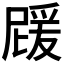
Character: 𭶵